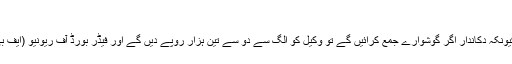
‘
انہوں نے مزید بتایا کہ ٹیکس کلیکشن کے لیے کوئی طریقہ کار بھی موجود نہیں کیونکہ دکاندار اگر گوشوارے جمع کرائیں گے تو وکیل کو الگ سے دو سے تین ہزار روپے دیں گے اور فیڈر بورڈ آف ریونیو (ایف بی آر) ایجنٹ کو الگ رشوت دیں گے تب ہی ان کے ٹیکس گوشورے جمع ہوں گے۔